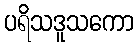
ပရိသဒူသကော